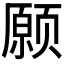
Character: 𫖸